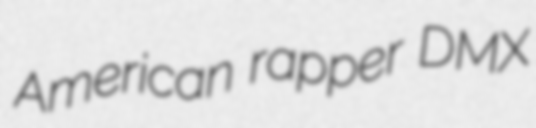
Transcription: American rapper DMX